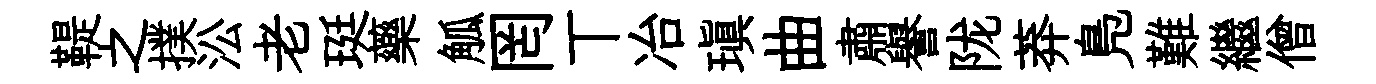
鞮之撲㳂老珽藥觚罔丅冶瑱曲肅譽陇莽鳬難繼僧